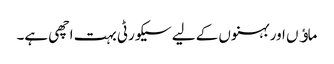
ماﺅں اور بہنوں کے لیے سیکورٹی بہت اچھی ہے۔